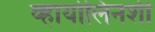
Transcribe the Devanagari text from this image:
व्हायोलिनशी